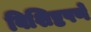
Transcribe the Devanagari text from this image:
विशिष्टपणे